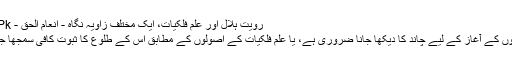
رویت ہلال اور علم فلکیات، ایک مختلف زاویہ نگاہ - انعام الحق - Daleel.Pk
قمری مہینوں کے آغاز کے لیے چاند کا دیکھا جانا ضروری ہے، یا علم فلکیات کے اصولوں کے مطابق اس کے طلوع کا ثبوت کافی سمجھا جانا چاہیے؟